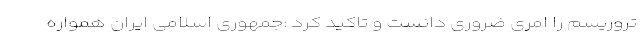
تروریسم را امری ضروری دانست و تاکید کرد :جمهوری اسلامی ایران همواره